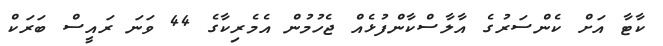
ކާޓާ އަށް ކެންސަރުގެ އާލާސްކާންފުޅެއް ޖެހުމުން އެމެރިކާގެ 44 ވަނަ ރައީސް ބަރަކް